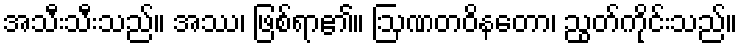
အသီးသီးသည်။ အဿ၊ ဖြစ်ရာ၏။ ဩဏတဝိနတော၊ ညွတ်ကိုင်းသည်။